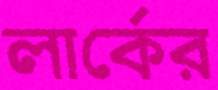
লার্কের